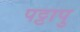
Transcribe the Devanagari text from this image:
पट्टापु